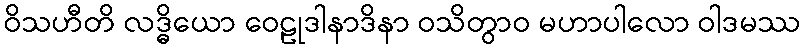
ဝိသဟီတိ လဒ္ဓိယော ဝေဠုဒါနာဒိနာ ဝသိတွာဝ မဟာပါလော ဝါဒမဿ